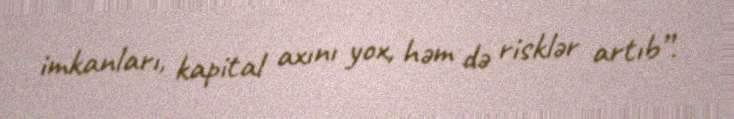
imkanları, kapital axını yox, həm də risklər artıb”.